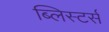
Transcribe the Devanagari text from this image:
ब्लिस्टर्स